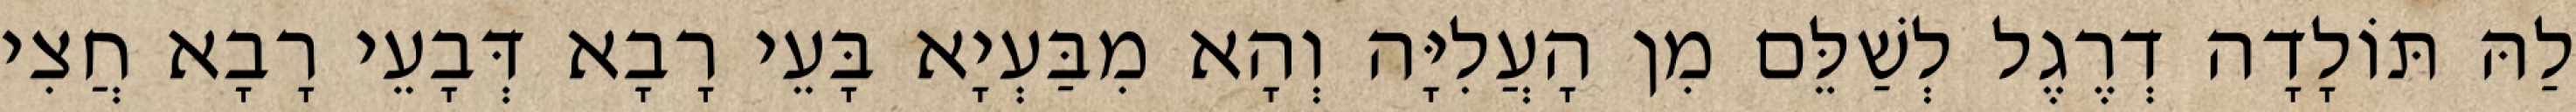
לַהּ תּוֹלָדָה דְרֶגֶל לְשַׁלֵּם מִן הָעֲלִיָּה וְהָא מִבַּעְיָא בָּעֵי רָבָא דְּבָעֵי רָבָא חֲצִי